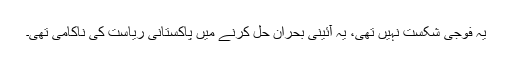
یہ فوجی شکست نہیں تھی، یہ آئینی بحران حل کرنے میں پاکستانی ریاست کی ناکامی تھی۔